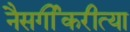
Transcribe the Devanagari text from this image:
नैसर्गीकरीत्या